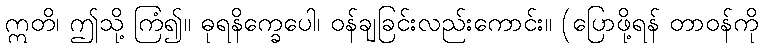
ဣတိ၊ ဤသို့ ကြံ၍။ ဓုရနိက္ခေပေါ၊ ဝန်ချခြင်းလည်းကောင်း။ (ပြောဖို့ရန် တာဝန်ကို